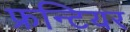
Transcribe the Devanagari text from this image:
फ्रन्टियर